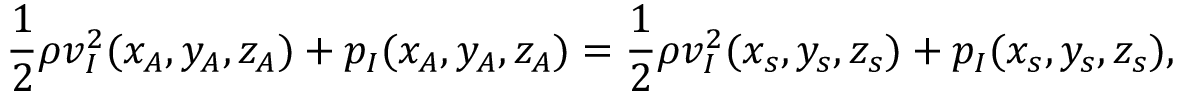
\frac { 1 } { 2 } \rho v _ { I } ^ { 2 } ( x _ { A } , y _ { A } , z _ { A } ) + p _ { I } ( x _ { A } , y _ { A } , z _ { A } ) = \frac { 1 } { 2 } \rho v _ { I } ^ { 2 } ( x _ { s } , y _ { s } , z _ { s } ) + p _ { I } ( x _ { s } , y _ { s } , z _ { s } ) ,